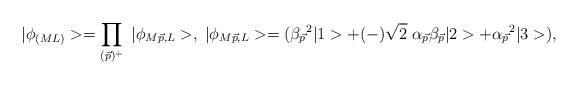
LaTeX: \begin{align*}|\phi_{(ML)}> = \prod_{(\vec{p})^{+}} \; |\phi_{M\vec{p}, L}>, \; |\phi_{M\vec{p}, L} > = ( \beta_{\vec{p}}{ }^2 |1> +(-)\sqrt{2} \; \alpha_{\vec{p}} \beta_{\vec{p}} |2> + \alpha_{\vec{p}}{ }^2|3> ), \end{align*}